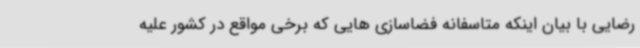
رضایی با بیان اینکه متاسفانه فضاسازی هایی که برخی مواقع در کشور علیه